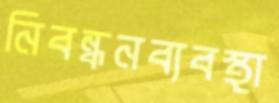
নিবন্ধনব্যবস্থা